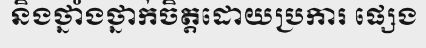
និងថ្នាំងថ្នាក់ចិត្តដោយប្រការ ផ្សេង